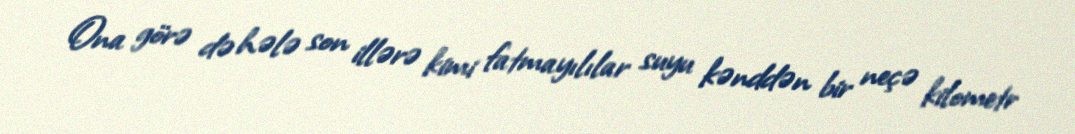
Ona görə də hələ son illərə kimi fatmayılılar suyu kənddən bir neçə kilometr